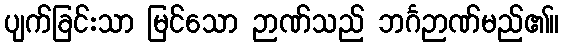
ပျက်ခြင်းသာ မြင်သော ဉာဏ်သည် ဘင်္ဂဉာဏ်မည်၏။